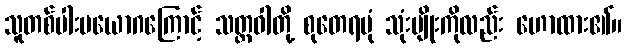
သူတစ်ပါးပယောဂကြောင့် သတ္တဝါတို့ စုတေရပုံ သုံးမျိုးကိုလည်း ဟောထား၏။